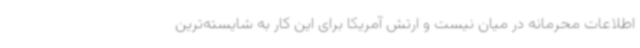
اطلاعات محرمانه در میان نیست و ارتش آمریکا برای این کار به شایسته‌ترین